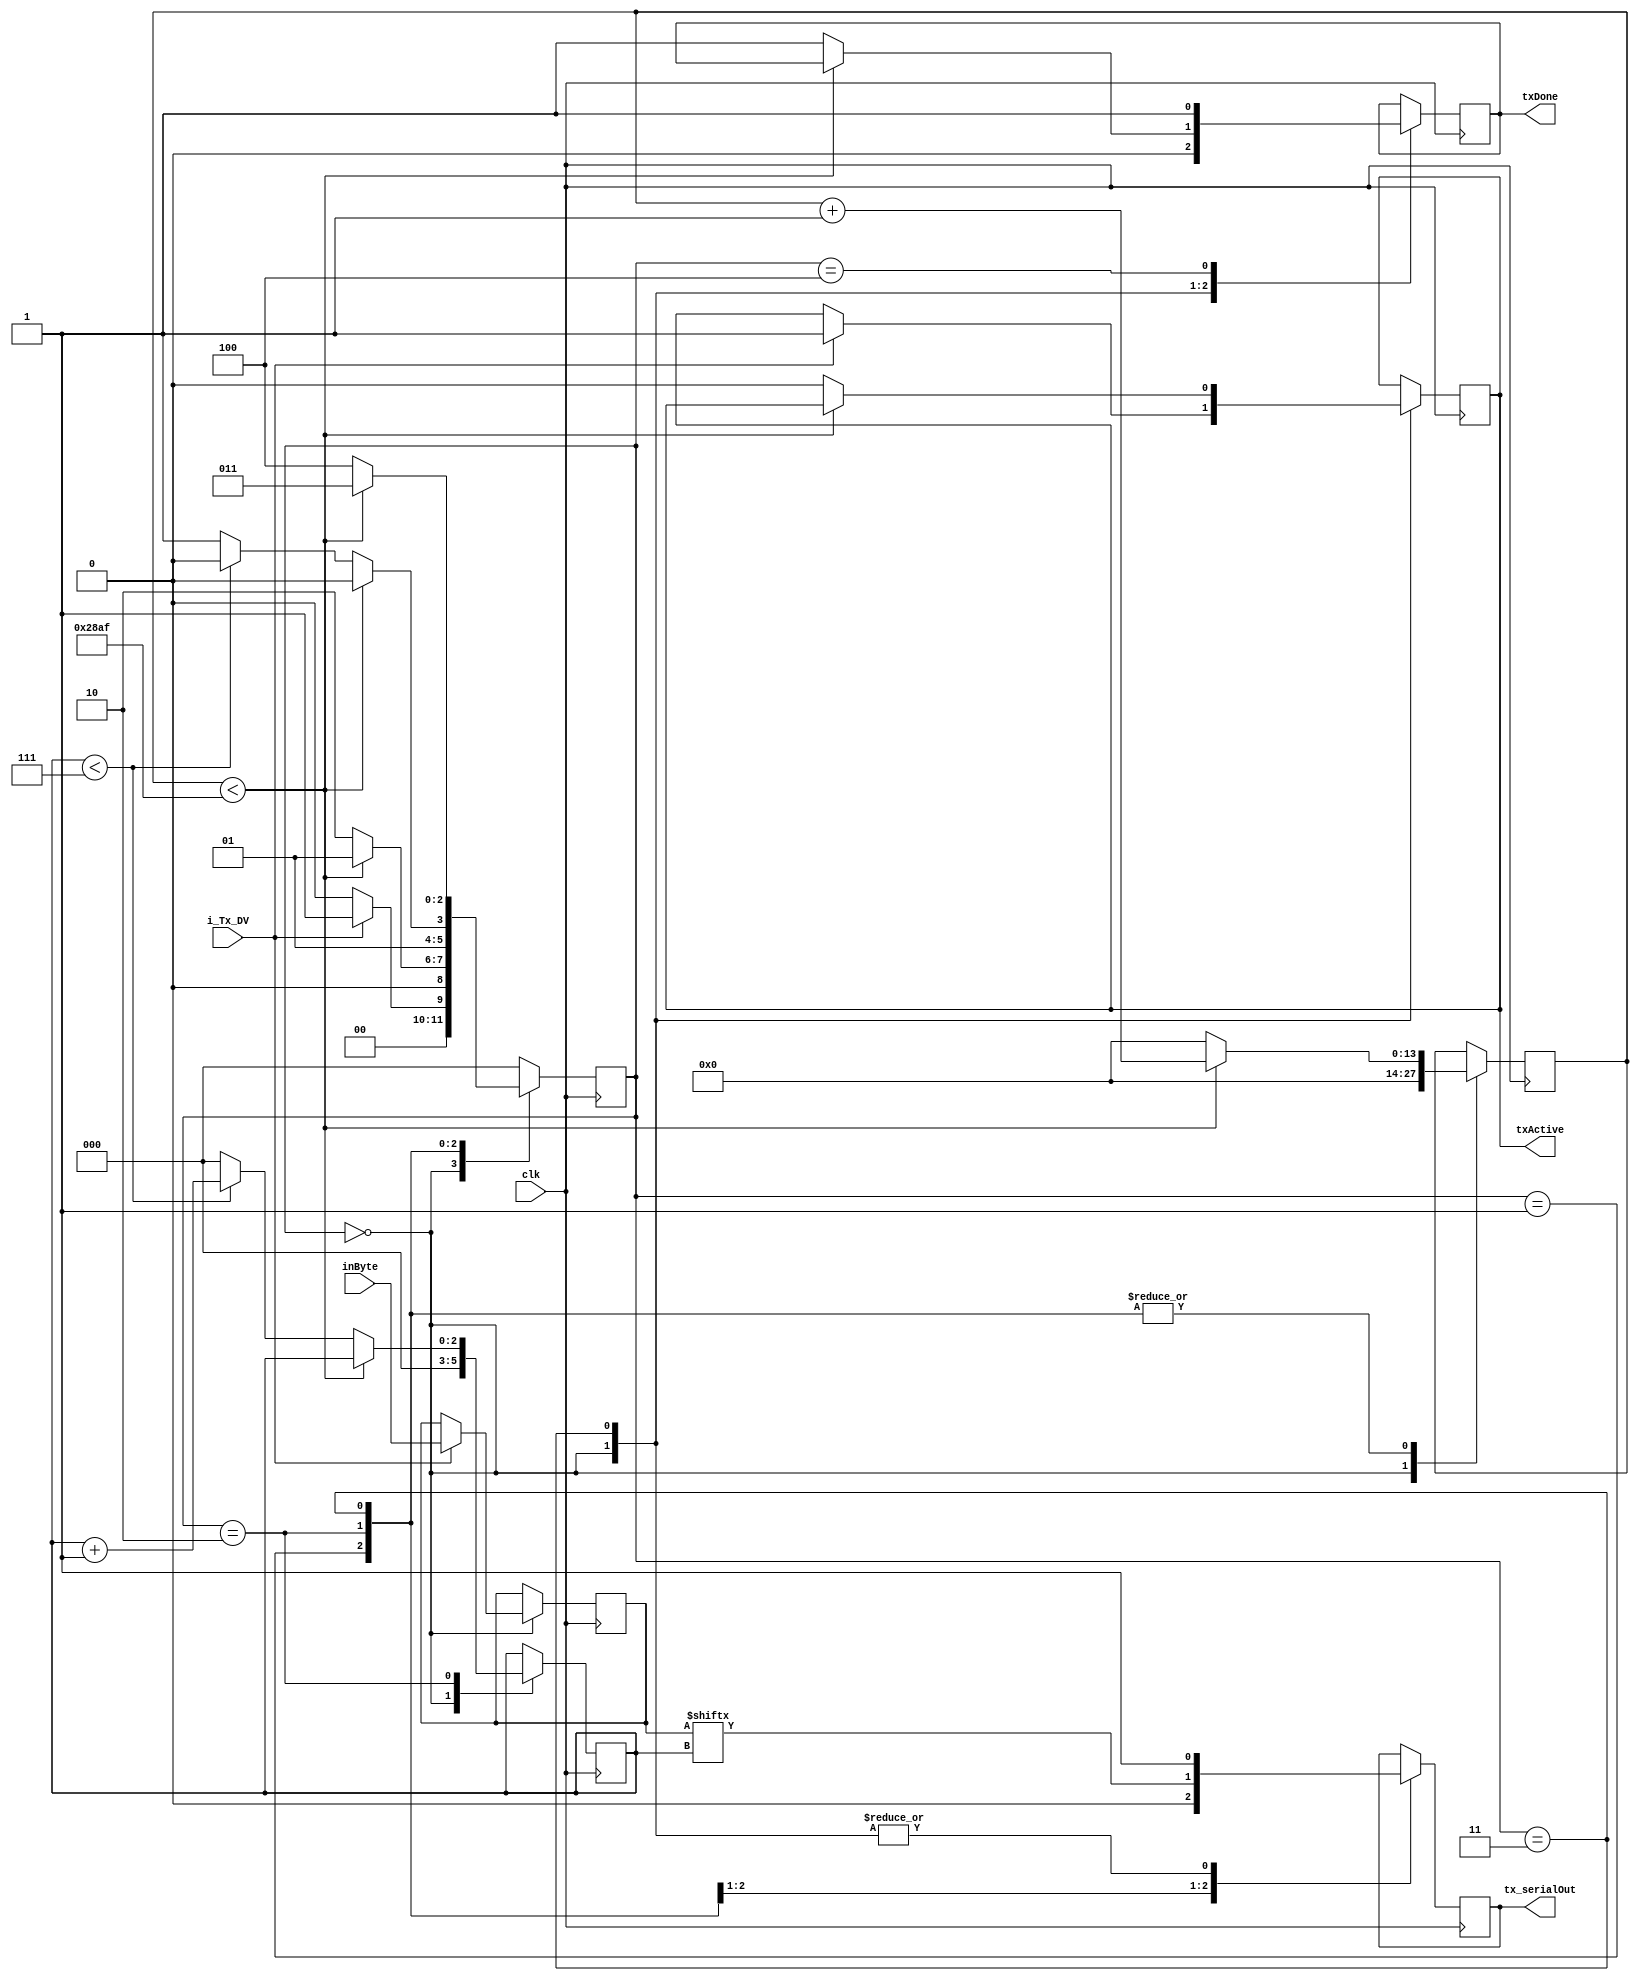
//////////////////////////////////////////////////////////////////////
// File Downloaded from http://www.nandland.com
//////////////////////////////////////////////////////////////////////
// This file contains the UART Transmitter.  This transmitter is able
// to transmit 8 bits of serial data, one start bit, one stop bit,
// and no parity bit.  When transmit is complete o_Tx_done will be
// driven high for one clock cycle.
//
// Set Parameter CLKS_PER_BIT as follows:
// CLKS_PER_BIT = (Frequency of i_Clock)/(Frequency of UART)
// Example: 10 MHz Clock, 115200 baud UART
// (10000000)/(115200) = 87
  
module UARTtx 
  #(parameter CLKS_PER_BIT = 100_000_000/9_600)
  (
   input       clk,
   input       i_Tx_DV,
   input [7:0] inByte, 
   output      txActive,
   output reg  tx_serialOut,
   output      txDone
   );
  
  localparam s_IDLE         = 3'b000;
  localparam s_TX_START_BIT = 3'b001;
  localparam s_TX_DATA_BITS = 3'b010;
  localparam s_TX_STOP_BIT  = 3'b011;
  localparam s_CLEANUP      = 3'b100;
   
  reg [2:0]    r_SM_Main     = 0;
  reg [13:0]    r_Clock_Count = 0;
  reg [2:0]    r_Bit_Index   = 0;
  reg [7:0]    r_Tx_Data     = 0;
  reg          r_Tx_Done     = 0;
  reg          r_Tx_Active   = 0;
     
  always @(posedge clk)
    begin
       
      case (r_SM_Main)
        s_IDLE :
          begin
            tx_serialOut   <= 1'b1;         // Drive Line High for Idle
            r_Tx_Done     <= 1'b0;
            r_Clock_Count <= 0;
            r_Bit_Index   <= 0;
             
            if (i_Tx_DV == 1'b1)
              begin
                r_Tx_Active <= 1'b1;
                r_Tx_Data   <= inByte;
                r_SM_Main   <= s_TX_START_BIT;
              end
            else
              r_SM_Main <= s_IDLE;
          end // case: s_IDLE
         
         
        // Send out Start Bit. Start bit = 0
        s_TX_START_BIT :
          begin
            tx_serialOut <= 1'b0;
             
            // Wait CLKS_PER_BIT-1 clock cycles for start bit to finish
            if (r_Clock_Count < CLKS_PER_BIT-1)
              begin
                r_Clock_Count <= r_Clock_Count + 1;
                r_SM_Main     <= s_TX_START_BIT;
              end
            else
              begin
                r_Clock_Count <= 0;
                r_SM_Main     <= s_TX_DATA_BITS;
              end
          end // case: s_TX_START_BIT
         
         
        // Wait CLKS_PER_BIT-1 clock cycles for data bits to finish         
        s_TX_DATA_BITS :
          begin
            tx_serialOut <= r_Tx_Data[r_Bit_Index];
             
            if (r_Clock_Count < CLKS_PER_BIT-1)
              begin
                r_Clock_Count <= r_Clock_Count + 1;
                r_SM_Main     <= s_TX_DATA_BITS;
              end
            else
              begin
                r_Clock_Count <= 0;
                 
                // Check if we have sent out all bits
                if (r_Bit_Index < 7)
                  begin
                    r_Bit_Index <= r_Bit_Index + 1;
                    r_SM_Main   <= s_TX_DATA_BITS;
                  end
                else
                  begin
                    r_Bit_Index <= 0;
                    r_SM_Main   <= s_TX_STOP_BIT;
                  end
              end
          end // case: s_TX_DATA_BITS
         
         
        // Send out Stop bit.  Stop bit = 1
        s_TX_STOP_BIT :
          begin
            tx_serialOut <= 1'b1;
             
            // Wait CLKS_PER_BIT-1 clock cycles for Stop bit to finish
            if (r_Clock_Count < CLKS_PER_BIT-1)
              begin
                r_Clock_Count <= r_Clock_Count + 1;
                r_SM_Main     <= s_TX_STOP_BIT;
              end
            else
              begin
                r_Tx_Done     <= 1'b1;
                r_Clock_Count <= 0;
                r_SM_Main     <= s_CLEANUP;
                r_Tx_Active   <= 1'b0;
              end
          end // case: s_Tx_STOP_BIT
         
         
        // Stay here 1 clock
        s_CLEANUP :
          begin
            r_Tx_Done <= 1'b1;
            r_SM_Main <= s_IDLE;
          end
         
         
        default :
          r_SM_Main <= s_IDLE;
         
      endcase
    end
 
  assign txActive = r_Tx_Active;
  assign txDone   = r_Tx_Done;
   
endmodule // UARTtx